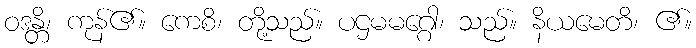
ဝဒန္တိ၊ ကုန်၏။ ကေစိ၊ တို့သည်။ ပဌမမဂ္ဂေါ၊ သည်။ နိယမေတိ၊ ၏။